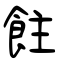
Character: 飳